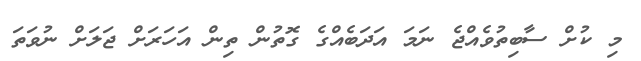
މި ކުށް ސާބިތުވެއްޖެ ނަމަ އަދަބެއްގެ ގޮތުން ތިން އަހަރަށް ޖަލަށް ނުވަތަ